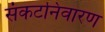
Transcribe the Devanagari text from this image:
संकटनिवारण